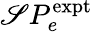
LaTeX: \mathscr{S}P_{e}^{\mathrm{{expt}}}